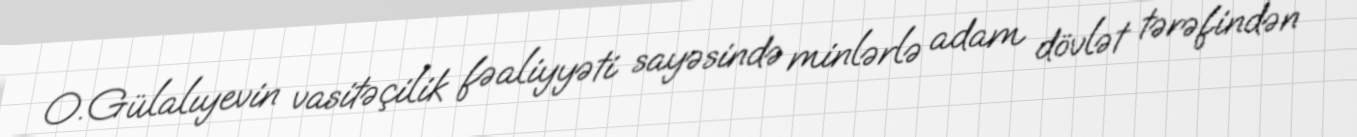
O.Gülalıyevin vasitəçilik fəaliyyəti sayəsində minlərlə adam dövlət tərəfindən